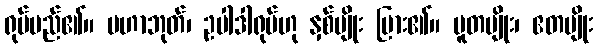
ရုပ်မည်၏။ မဟာဘုတ်၊ ဥပါဒါရုပ်ဟု နှစ်မျိုး ပြား၏။ ပူတမျိုး၊ ဧတမျိုး